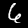
Label: 6